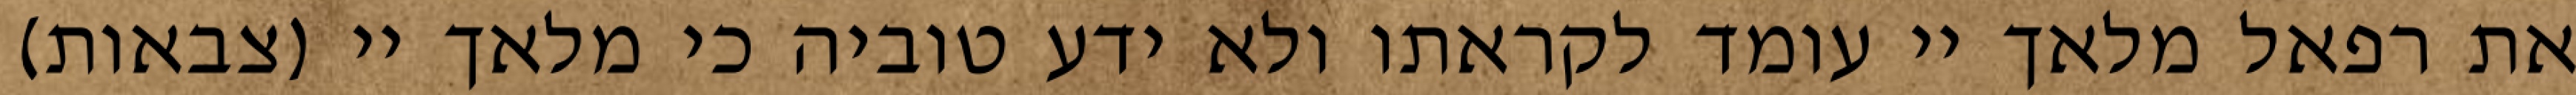
את רפאל מלאך יי עומד לקראתו ולא ידע טוביה כי מלאך יי (צבאות)